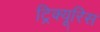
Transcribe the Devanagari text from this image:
ट्रिक्यूरिस